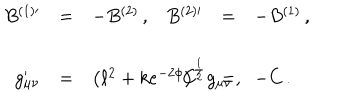
\begin{array} { r c l r c l } { { B ^ { ( 1 ) \prime } } } & { { = } } & { { - B ^ { ( 2 ) } \, , } } & { { B ^ { ( 2 ) \prime } } } & { { = } } & { { - B ^ { ( 1 ) } \, , } } \\ { { } } & { { } } & { { } } & { { } } & { { } } & { { } } \\ { { g _ { \mu \nu } ^ { \prime } } } & { { = } } & { { \left( \ell ^ { 2 } + k e ^ { - 2 \phi } \right) ^ { \frac { 1 } { 2 } } g _ { \mu \nu } \, , \hspace { 1 c m } } } & { { C ^ { \prime } } } & { { = } } & { { - C \, . } } \\ \end{array}